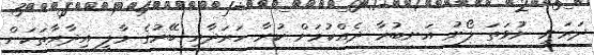
ދަރަނި ނުވަތަ ލޯނު އަނބުރާ ދެއްކުމަށް ކުރާ ހަރަދާއި ބޭރުގެ މާލީ އިދާރާތަކަށް